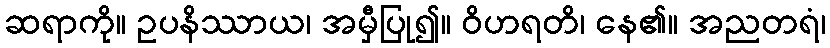
ဆရာကို။ ဥပနိဿာယ၊ အမှီပြု၍။ ဝိဟရတိ၊ နေ၏။ အညတရံ၊